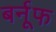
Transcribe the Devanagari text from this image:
बर्नूफ